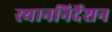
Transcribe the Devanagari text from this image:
स्थाननिर्देशन